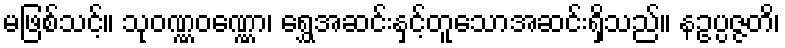
မဖြစ်သင့်။ သုဝဏ္ဏဝဏ္ဏော၊ ရွှေအဆင်းနှင့်တူသောအဆင်းရှိသည်။ နဥပ္ပဇ္ဇတိ၊